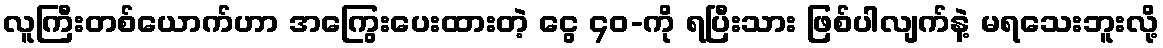
လူကြီးတစ်ယောက်ဟာ အကြွေးပေးထားတဲ့ ငွေ ၄၀-ကို ရပြီးသား ဖြစ်ပါလျက်နဲ့ မရသေးဘူးလို့